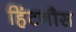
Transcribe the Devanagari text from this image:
हिंटनौस